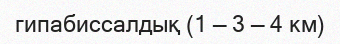
гипабиссалдық (1 — 3 — 4 км)